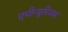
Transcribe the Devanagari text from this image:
एपीन्यूरियम